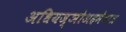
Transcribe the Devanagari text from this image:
अधियज्ञोअहमेवात्र